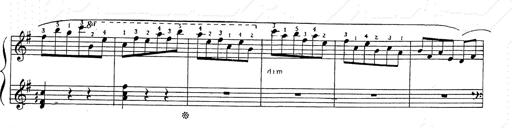
Title: 6 Polish Songs
Composer: Franz Liszt